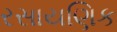
રસાયણિક